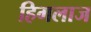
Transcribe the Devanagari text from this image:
हिगलाज